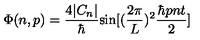
\Phi ( n , p ) = { \frac { 4 | C _ { n } | } { \hbar } } \mathrm { s i n } [ ( { \frac { 2 \pi } { L } } ) ^ { 2 } { \frac { \hbar p n t } { 2 } } ]